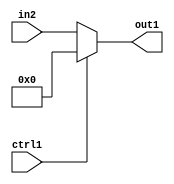
`timescale 1ps / 1ps
/*****************************************************************************
    Verilog RTL Description
    
    
    Created by: Stratus DpOpt 2019.1.01 
*******************************************************************************/

module feature_write_addr_gen_N_MuxB_320_2_10_4 (
	in2,
	ctrl1,
	out1
	); /* architecture "behavioural" */ 
input [319:0] in2;
input  ctrl1;
output [319:0] out1;
wire [319:0] asc001;

reg [319:0] asc001_tmp_0;
assign asc001 = asc001_tmp_0;
always @ (ctrl1 or in2) begin
	case (ctrl1)
		1'B1 : asc001_tmp_0 = 320'B00000000000000000000000000000000000000000000000000000000000000000000000000000000000000000000000000000000000000000000000000000000000000000000000000000000000000000000000000000000000000000000000000000000000000000000000000000000000000000000000000000000000000000000000000000000000000000000000000000000000000000000000000000000
    ;
		default : asc001_tmp_0 = in2 ;
	endcase
end

assign out1 = asc001;
endmodule

/* CADENCE  vLT3TQE= : u9/ySgnWtBlWxVPRXgAZ4Og= ** DO NOT EDIT THIS LINE ******/